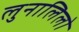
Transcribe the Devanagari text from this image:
लुनालिलो